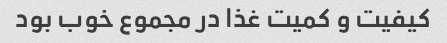
کیفیت و کمیت غذا در مجموع خوب بود